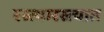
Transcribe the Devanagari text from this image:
रस्त्यारस्त्यात